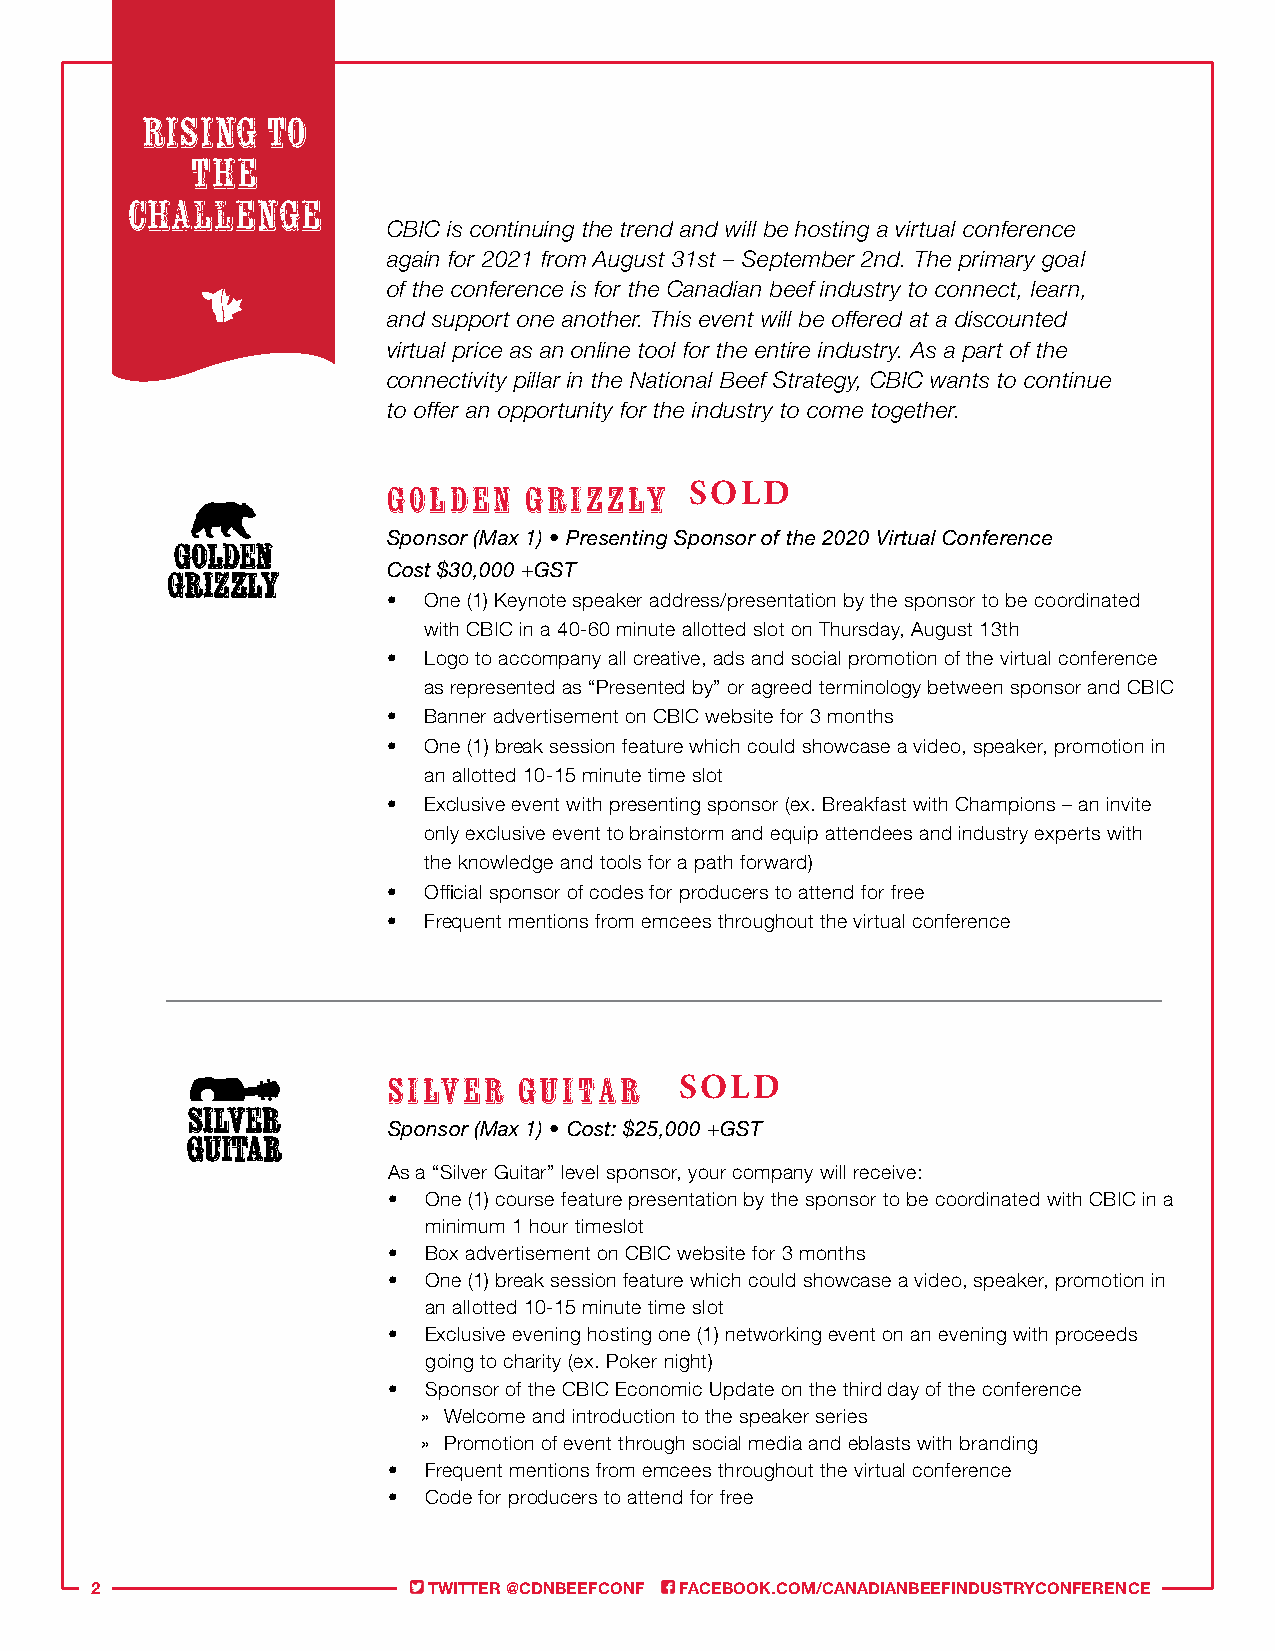
Rising   to
 the
 challenge
 CBIC is continuing the trend and will be hosting a virtual conference
 again for 2021 from August 31st – September 2nd. The primary goal
 of the conference is for the Canadian beef industry to connect, learn,
 and support one another. This event will be offered at a discounted
 virtual price as an online tool for the entire industry. As a part of the
 connectivity pillar in the National Beef Strategy, CBIC wants to continue
 to offer an opportunity for the industry to come together.
 SOLD
 GOLDEN   GRIZZLY
 Sponsor (Max 1) • Presenting Sponsor of the 2020 Virtual Conference
 Cost $30,000 +GST
 • One (1) Keynote speaker address/presentation by the sponsor to be coordinated
 with CBIC in a 40-60 minute allotted slot on Thursday, August 13th
 • Logo to accompany all creative, ads and social promotion of the virtual conference
 as represented as “Presented by” or agreed terminology between sponsor and CBIC
 • Banner advertisement on CBIC website for 3 months
 • One (1) break session feature which could showcase a video, speaker, promotion in
 an allotted 10-15 minute time slot
 • Exclusive event with presenting sponsor (ex. Breakfast with Champions – an invite
 only exclusive event to brainstorm and equip attendees and industry experts with
 the knowledge and tools for a path forward)
 • Official sponsor of codes for producers to attend for free
 • Frequent mentions from emcees throughout the virtual conference
 SILVER  GUITAR     SOLD
 Sponsor (Max 1) • Cost: $25,000 +GST
 As a “Silver Guitar” level sponsor, your company will receive:
 • One (1) course feature presentation by the sponsor to be coordinated with CBIC in a
 minimum 1 hour timeslot
 • Box advertisement on CBIC website for 3 months
 • One (1) break session feature which could showcase a video, speaker, promotion in
 an allotted 10-15 minute time slot
 • Exclusive evening hosting one (1) networking event on an evening with proceeds
 going to charity (ex. Poker night)
 • Sponsor of the CBIC Economic Update on the third day of the conference
 » Welcome and introduction to the speaker series
 » Promotion of event through social media and eblasts with branding
 • Frequent mentions from emcees throughout the virtual conference
 • Code for producers to attend for free
 2                     TWITTER @CDNBEEFCONF FACEBOOK.COM/CANADIANBEEFINDUSTRYCONFERENCE